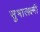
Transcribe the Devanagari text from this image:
सुभालक्ष्मी